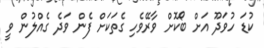
ކުޑަ ހުވަދޫ އަށް ބޯކޮށް ވާރޭވެހި ގެތަކަށް ފެން ވަދެ ގެއްލުން ވީ